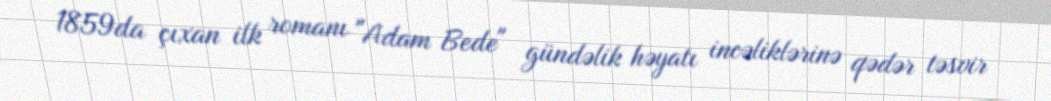
1859da çıxan ilk romanı "Adam Bede" gündəlik həyatı incəliklərinə qədər təsvir